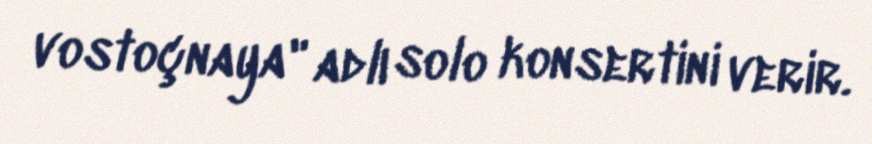
vostoçnaya" adlı solo konsertini verir.